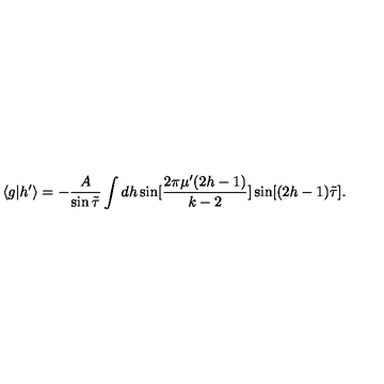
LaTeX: \langle g | h ^ { \prime } \rangle = - \frac { A } { \sin { \tilde { \tau } } } \int d h \sin [ \frac { 2 \pi \mu ^ { \prime } ( 2 h - 1 ) } { k - 2 } ] \sin [ ( 2 h - 1 ) { \tilde { \tau } } ] .